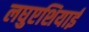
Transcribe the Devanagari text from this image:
लघुएशियाई